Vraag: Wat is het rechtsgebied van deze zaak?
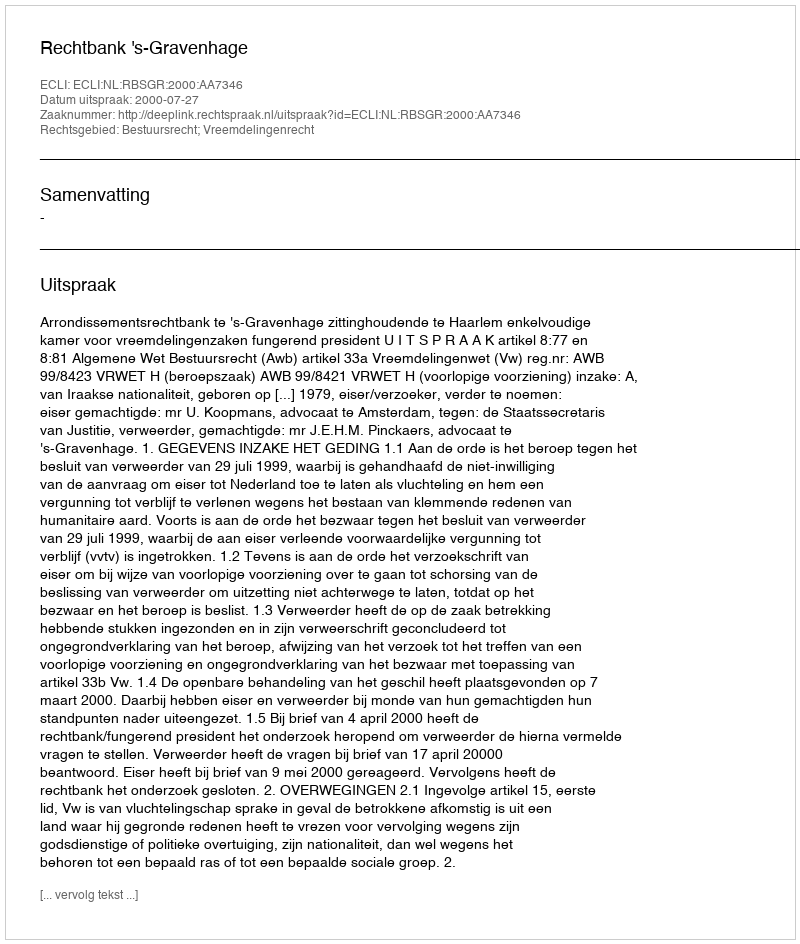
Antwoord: Bestuursrecht; Vreemdelingenrecht